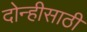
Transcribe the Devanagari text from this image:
दोन्हीसाठी